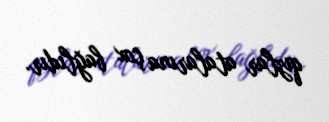
qızlar atalarına çox bağlıdır.